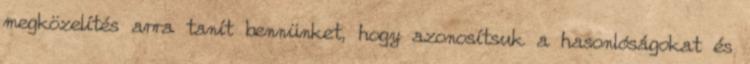
megközelítés arra tanít bennünket, hogy azonosítsuk a hasonlóságokat és